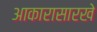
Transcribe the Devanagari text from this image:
आकारासारखे